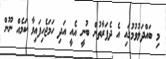
މި ބައްދަލުވުމުގައި އެ ދެފަރާތުން ބުނީ އެއީ އަދި ހަމަޖެހިފައިވާ ކަމެއް ނޫން